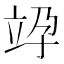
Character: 𥩯